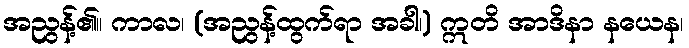
အညွန့်၏။ ကာလ၊ (အညွန့်ထွက်ရာ အခါ၊) ဣတိ အာဒိနာ နယေန၊